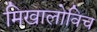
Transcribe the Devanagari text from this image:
मिखालोविच